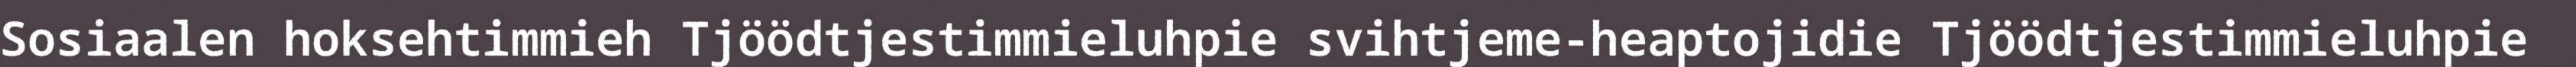
Sosiaalen hoksehtimmieh Tjöödtjestimmieluhpie svihtjeme-heaptojidie Tjöödtjestimmieluhpie